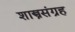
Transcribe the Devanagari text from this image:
शास्त्रसंग्रह